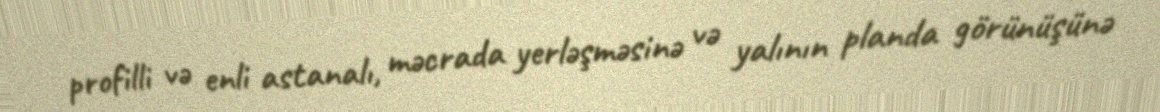
profilli və enli astanalı, məcrada yerləşməsinə və yalının planda görünüşünə